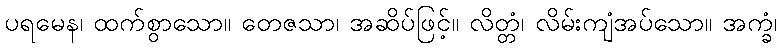
ပရမေန၊ ထက်စွာသော။ တေဇသာ၊ အဆိပ်ဖြင့်။ လိတ္တံ၊ လိမ်းကျံအပ်သော။ အက္ခံ၊